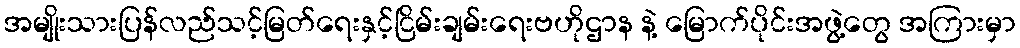
အမျိုးသားပြန်လည်သင့်မြတ်ရေးနှင့်ငြိမ်းချမ်းရေးဗဟိုဌာန နဲ့ မြောက်ပိုင်းအဖွဲ့တွေ အကြားမှာ